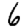
Digit: 6